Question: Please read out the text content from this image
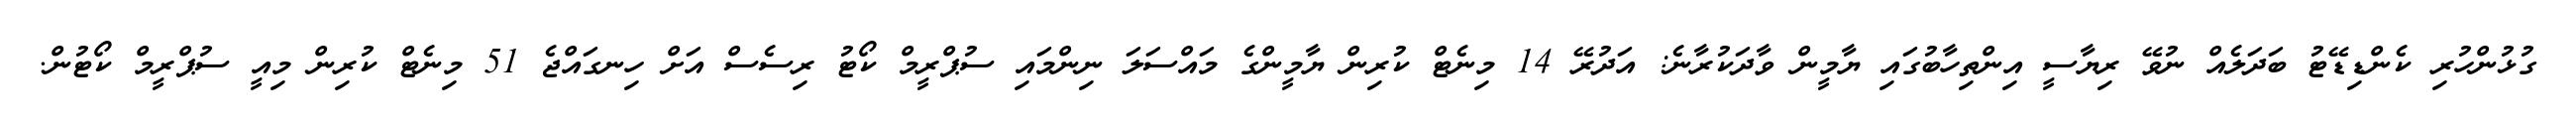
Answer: ގުޅުންހުރި ކެންޑިޑޭޓު ބަދަލެއް ނުވޭ ރިޔާސީ އިންތިހާބުގައި ޔާމީން ވާދަކުރާނެ: އަދުރޭ 14 މިނެޓް ކުރިން ޔާމީންގެ މައްސަލަ ނިންމައި ސުޕްރީމް ކޯޓު ރިސެސް އަށް ހިނގައްޖެ 51 މިނެޓް ކުރިން މިއީ ސުޕްރީމް ކޯޓުން.